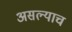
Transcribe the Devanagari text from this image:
असल्याच